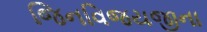
જિનવિજયજીના